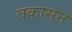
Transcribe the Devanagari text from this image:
बकासन